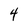
Character: 4